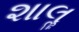
શાલૢ